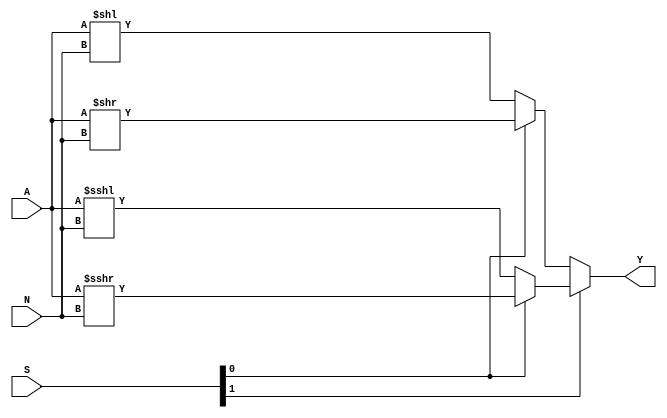
module shifter( input         [1:0] S,
                input         [4:0] N,
                input signed [31:0] A,
                output       [31:0] Y );
assign Y = S[1] ? (S[0] ? A >>> N : A <<< N) :
                  (S[0] ?  A >> N : A << N);
endmodule